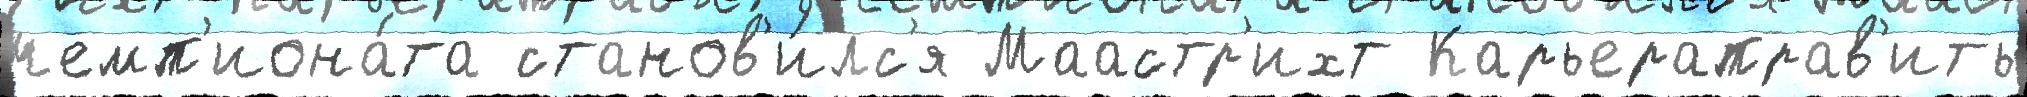
чемп'иона́та станов'и́лс'я Маастр'ихт Карьераправ'ить